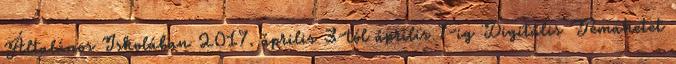
Általános Iskolában 2017. április 3-tól április 7-ig Digitális Témahetet